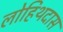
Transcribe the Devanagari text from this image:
लोहिथदास